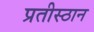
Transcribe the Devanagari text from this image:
प्रतीस्ठान